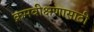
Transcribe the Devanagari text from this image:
क्रमवीक्षणासाठी